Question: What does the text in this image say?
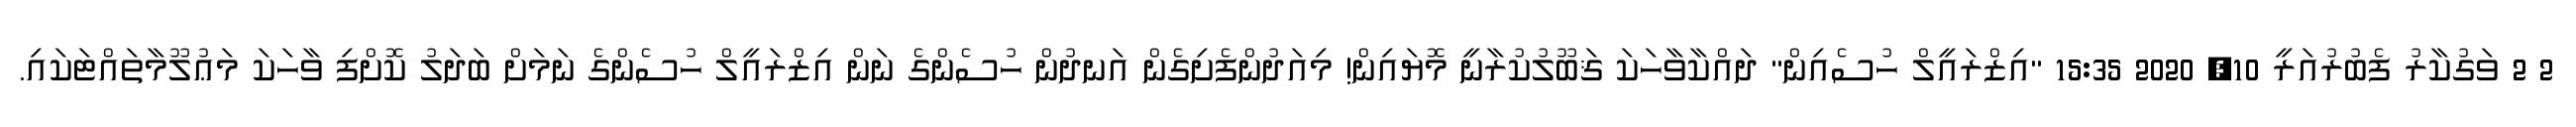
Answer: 2 2 ވަގުކާރު ފެބުރުއަރީ 10, 2020 15:35 "އިޒްރައީލް ހުސެއިން" ދައްކާވާހަކަ ޤަބޫލުކުރާނީ މޮޔައިން! މިއަދުންފެށިގެން އަނދުން ހުސެންގެ ނަން އިޒްރައީލް ހުސެންގެ ނަމަށް ބަދަލު ކޮށްފި ވާހަކަ މަޢުލޫމާތައްޓަކައި.